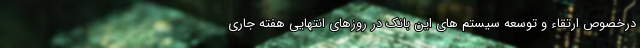
درخصوص ارتقاء و توسعه سیستم های این بانک در روزهای انتهایی هفته جاری